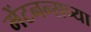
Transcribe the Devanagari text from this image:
मेंटनन्सच्या